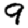
Digit: 9